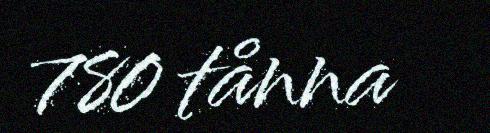
780 tånna